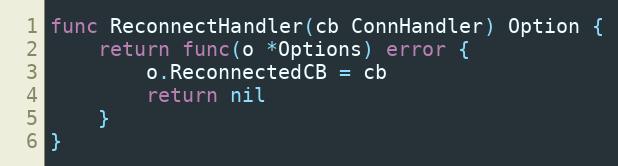
Language: Go
func ReconnectHandler(cb ConnHandler) Option {
	return func(o *Options) error {
		o.ReconnectedCB = cb
		return nil
	}
}